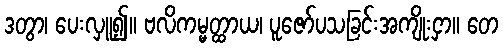
ဒတွာ၊ ပေးလှူ၍။ ဗလိကမ္မတ္ထာယ၊ ပူဇော်ပသခြင်းအကျိုးငှာ။ တေ